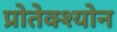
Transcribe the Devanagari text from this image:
प्रोतेक्श्योन